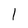
Character: I